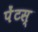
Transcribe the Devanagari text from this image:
पेंटस्